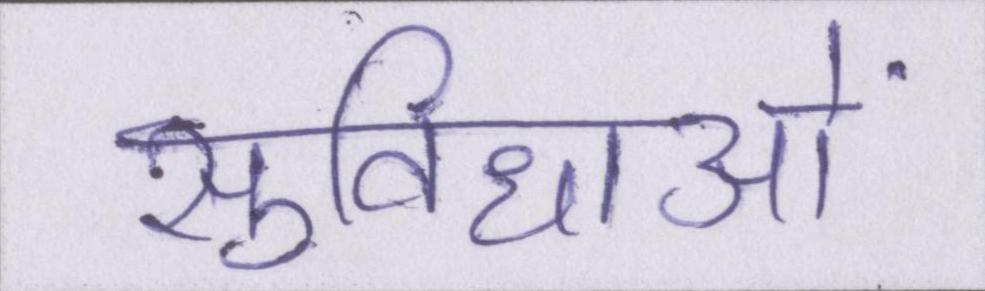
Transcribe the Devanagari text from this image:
सुविधाओं